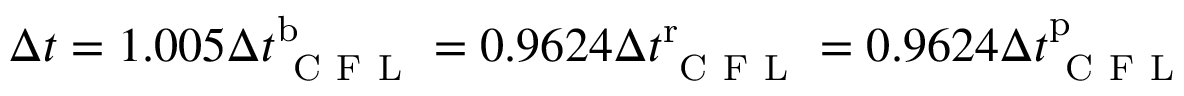
\Delta t = 1 . 0 0 5 \Delta t _ { \mathrm { ~ C ~ F ~ L ~ } } ^ { \mathrm { b } } = 0 . 9 6 2 4 \Delta t _ { \mathrm { ~ C ~ F ~ L ~ } } ^ { \mathrm { r } } = 0 . 9 6 2 4 \Delta t _ { \mathrm { ~ C ~ F ~ L ~ } } ^ { \mathrm { p } }